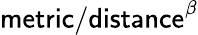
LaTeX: \mathsf{metric/distance}^{\beta}